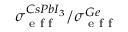
\sigma _ { \textup { e f f } } ^ { C s P b I _ { 3 } } / \sigma _ { \textup { e f f } } ^ { G e }